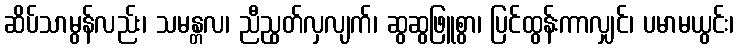
ဆိပ်သာမွန်လည်း၊ သမန္တလ၊ ညီညွတ်လှလျက်၊ ဆွဆွဖြူစွာ၊ ပြင်ထွန်းကာလျှင်၊ ပမာမယွင်း၊